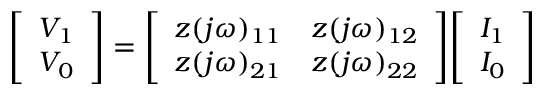
{ \left[ \begin{array} { l } { V _ { 1 } } \\ { V _ { 0 } } \end{array} \right] } = { \left[ \begin{array} { l l } { z ( j \omega ) _ { 1 1 } } & { z ( j \omega ) _ { 1 2 } } \\ { z ( j \omega ) _ { 2 1 } } & { z ( j \omega ) _ { 2 2 } } \end{array} \right] } { \left[ \begin{array} { l } { I _ { 1 } } \\ { I _ { 0 } } \end{array} \right] }